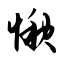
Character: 愀